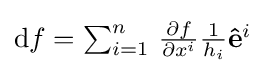
{\textstyle \mathrm {d} f=\sum _{i=1}^{n}\,{\frac {\partial f}{\partial x^{i}}}{\frac {1}{h_{i}}}\mathbf {\hat {e}} ^{i}}